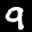
Label: 9